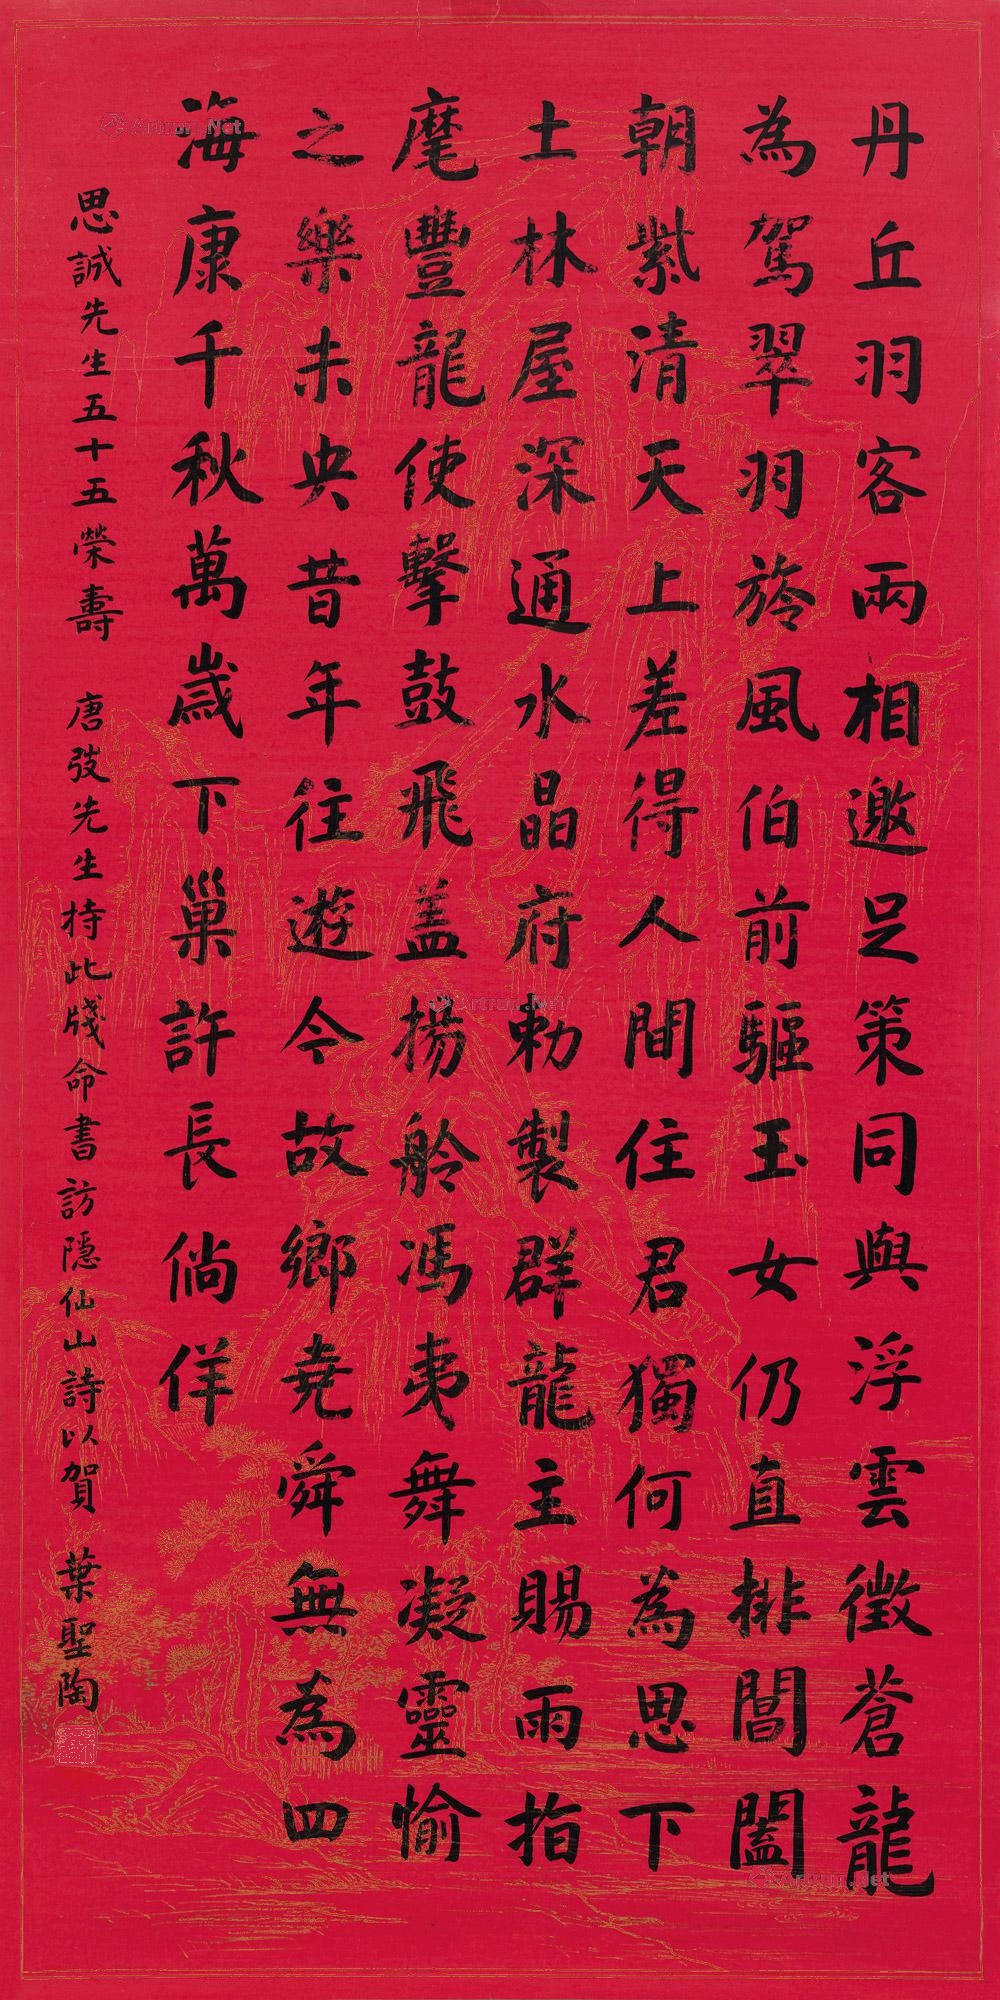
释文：丹丘羽客两相邀，足策同兴浮云征，苍龙为驾翠羽旍，风伯前驱玉女仍，直排阊阖朝紫清。天上差得人间住，君独何为思下土，林屋深通水晶府，敕制群龙主赐雨，指麾丰龙使击鼓，飞盖扬舲冯夷舞。凝灵愉之乐未央，昔年往游今故乡，尧舜无为四海康。千秋万岁，下巢许长徜徉。思诚先生五十五荣寿，唐弢先生持此笺命书访隐仙山诗以贺。叶圣陶。